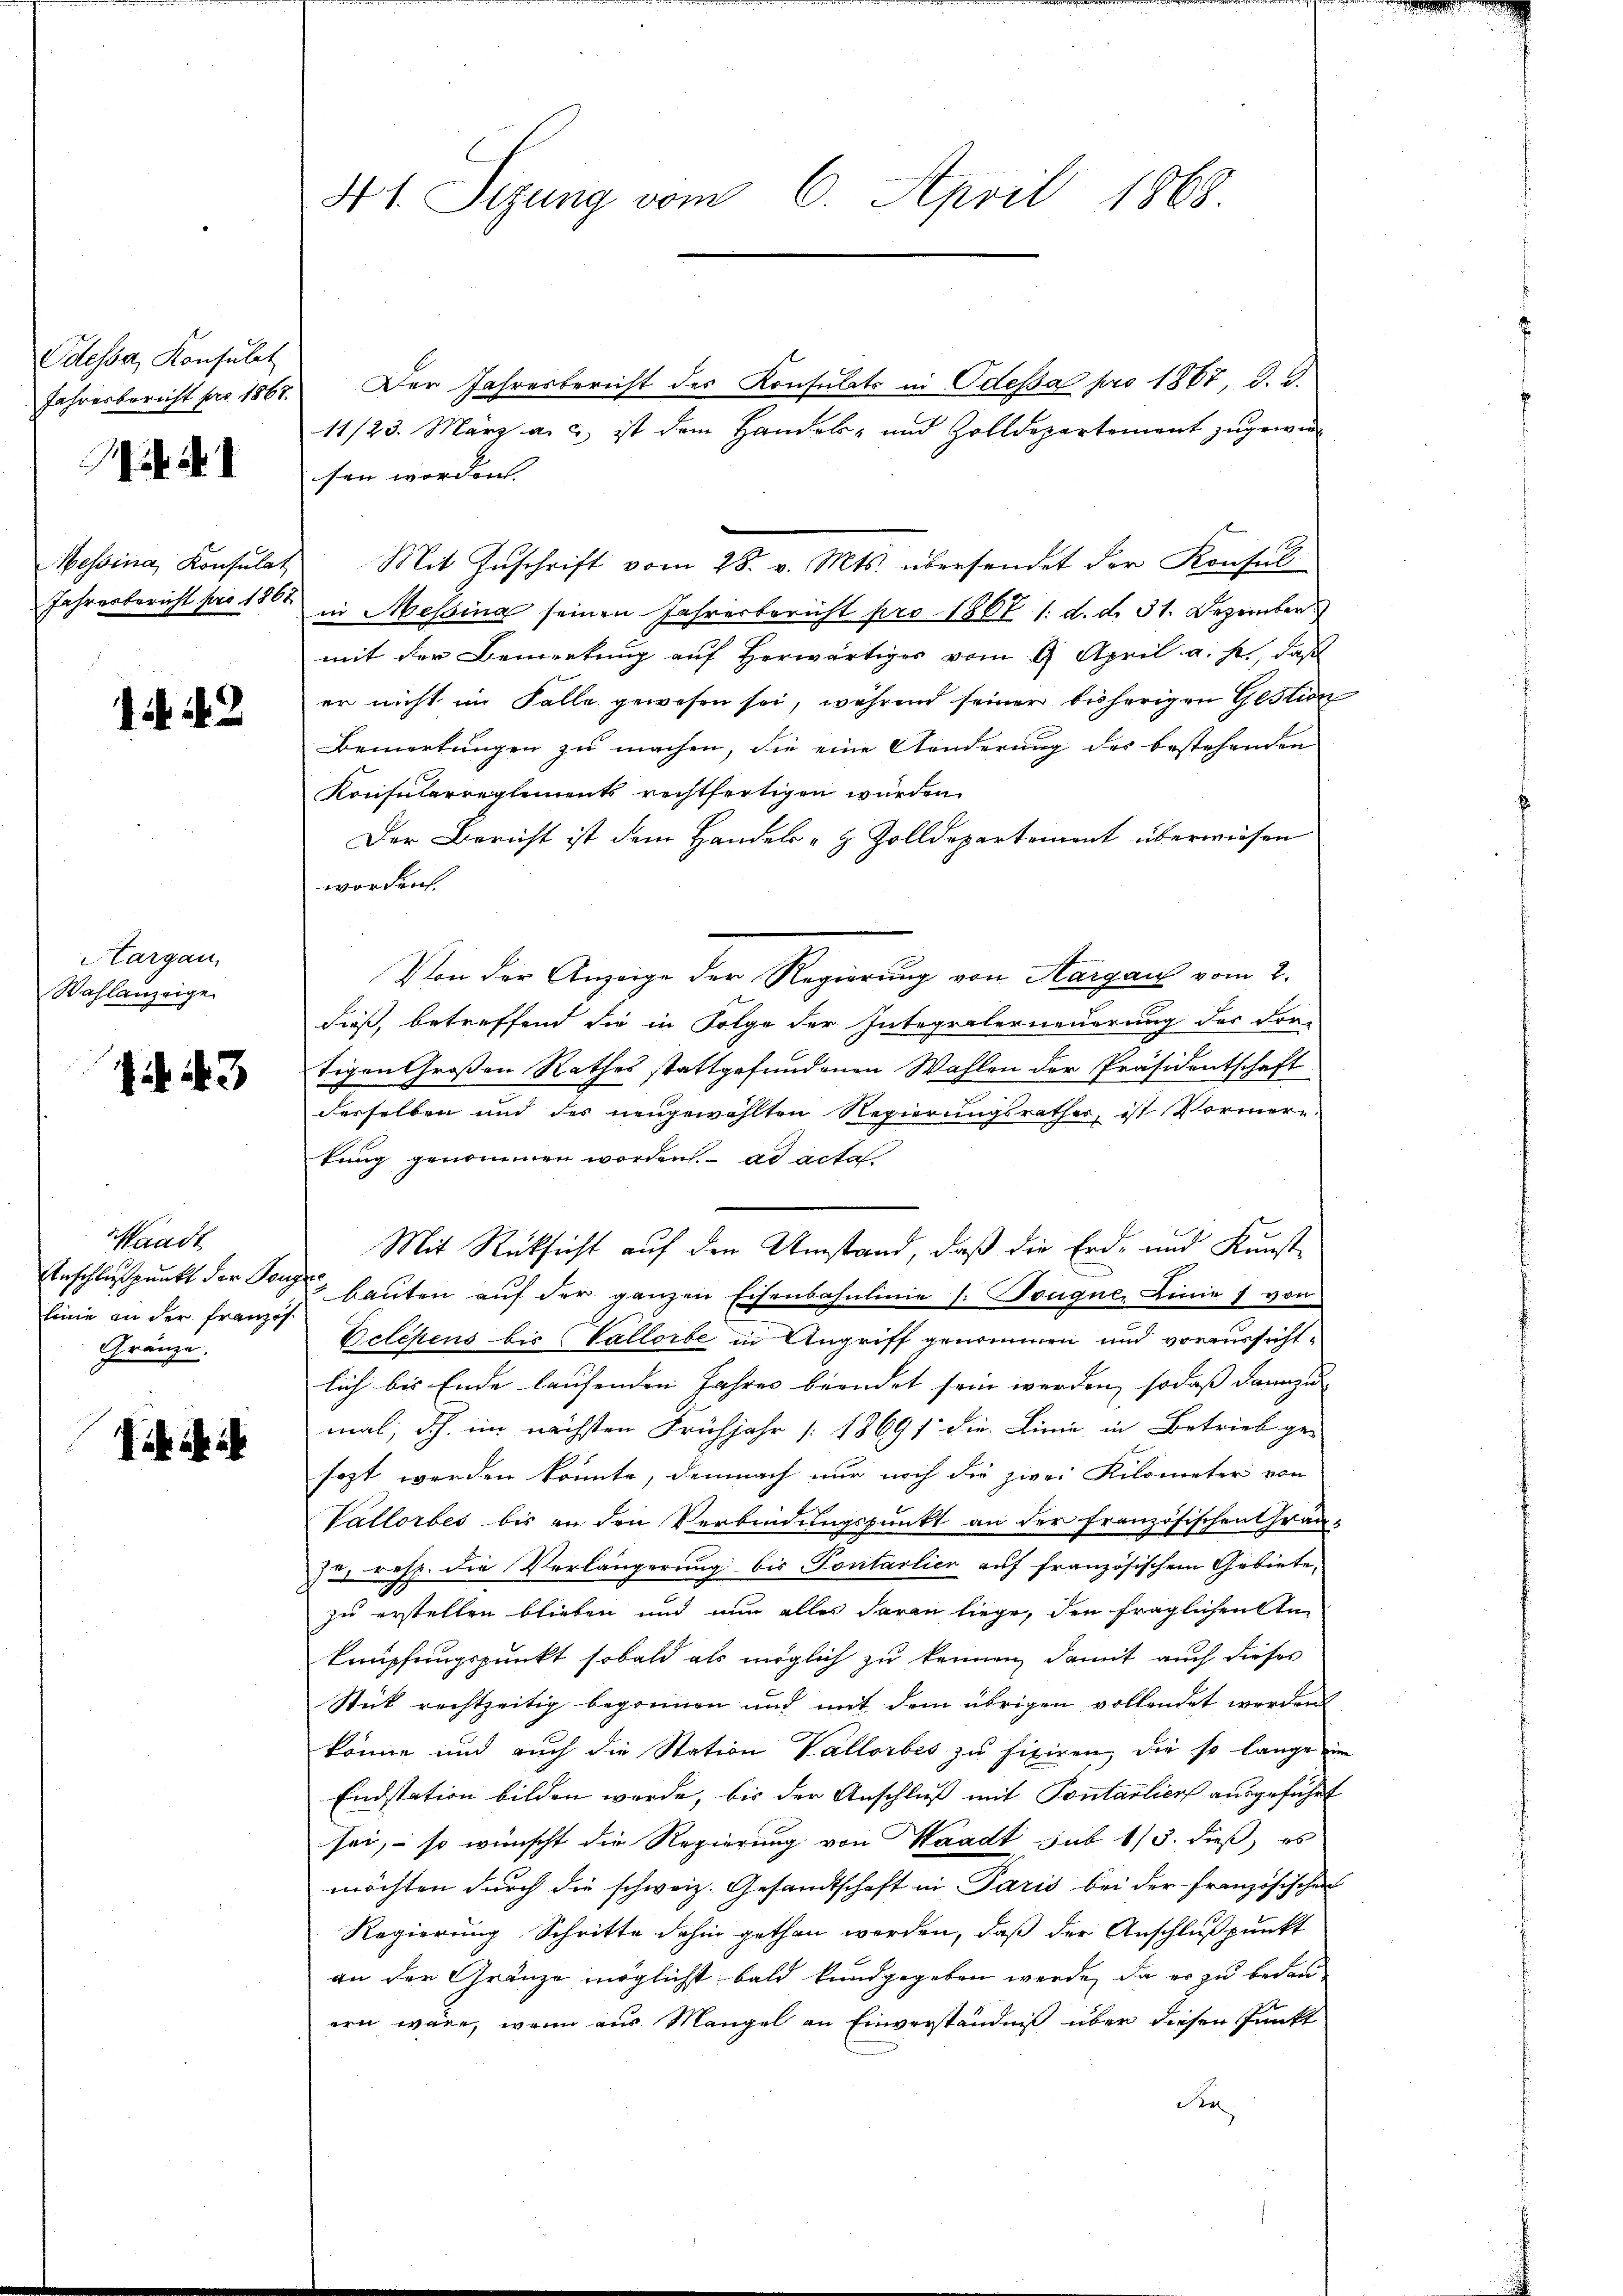
Odessa, Konsulat
Jahresbericht pro 1867.

Messina, Konsulat
Jahresbericht pro 1861

42

Hargau,
Wahlanzeige

if. 43

aadt
Anschlußpunkt der Penz
linie an der Französ.
Gränze.

ib ich i

41. Sizung vom 6. April 1868.

Der Jahresbericht des Konsulats in Odessa pro 1867, d. J.
11/23. März a. u. ist dem Handels- und Zolldepartement zugewen
sen worden.
Mit Zuschrift vom 28. v. Mts. übersendet der Konsul
in Messina seinen Jahresbericht pro 1867 1. d. d. 31. Dezember
mit der Bemerkung auf herwärtiger vom 9. April a. p., daß
er nicht im Falle gewesen sei, während seiner bisherigen Gestion
Bemerkungen zu machen, die eine Aenderung des bestehenden
Konsularreglements rechtfertigen würden.
Der Bericht ist dem Handels- & Zolldepartement überwiesen
worden.
Von der Anzeige der Regierung von Aargau vom 2.
dieß, betreffend die in Folge der Integralerneuerung des Vor-
tigen Großen Rathes stattgefundenen Wahlen der Präsidentschaft
desselben und des neugewählten Regierungsrathes, ist Vormern
kung genommen worden. ad acta
Mit Rücksicht auf den Umstand, daß die Erd- und Kunst
ofe
bauten auf der ganzen Eisenbahnlinie (: Bouque, Linie 7 von
Betchens bis (Vallorbe in Angriff genommen und vorzursichtlich bis Ende laufenden Jahres beendet sein werden, sodaß dannzu
mal, d.h. im nächsten Frühjahr 18691 die Linie in Betrieb ge-
sezt werden könnte, demnach nur noch die zwei Kilometer von
Vallorbes bis an den Verbindungspunkt an der Französischen Grau-
72 resp. die Verlängerung bis Pontarlier auf französischem Gebiete,
zu erstellen blieben und nun alles daran liege, den fraglichen An¬
Brrüpfungspunkt sobald als möglich zu kennen, damit auch dieser
Stück rechtzeitig begonnen und mit dem übrigen vollendet werden
könne und auch die Station Vallorbes zu fixiren, die so lange ein
Endstation bilden werde, bis der Anschluß mit Pontarlier ausgeführt
sei, so wünscht die Regierung von Waadt sub 1/3. dieß, es
möchten durch die schweiz. Gesandtschaft in Paris bei der Französischen
Regierung Schritte dahin gethan werden, daß der Anschlußpunkt
an der Gränze möglichst bald kundgegeben werde, da er zu bedauern wäre, wenn aus Mangel an Einverständniß über diesen Punkt
der